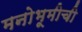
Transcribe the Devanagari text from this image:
मनोभूमीची